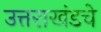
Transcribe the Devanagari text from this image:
उत्तराखंडचे